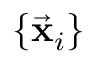
\{ \vec { \bf x } _ { i } \}